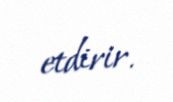
etdirir.